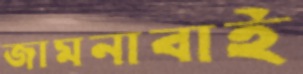
জামনাবাই